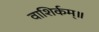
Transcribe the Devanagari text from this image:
वाशिर्कम्॥